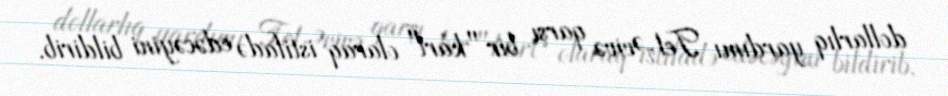
dollarlıq yardımı Tel-Əvivə qarşı bir "kart" olaraq istifadə edəcəyini bildirib.